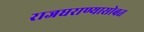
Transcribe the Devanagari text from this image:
राजघराण्यासोबत